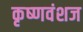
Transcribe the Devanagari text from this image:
कृष्‍णवंशज